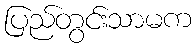
ပြည်တွင်းသာမက